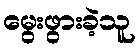
မွေးဖွားခဲ့သူ